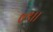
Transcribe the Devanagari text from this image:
७९।।